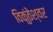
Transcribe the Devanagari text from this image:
विकुंठेश्वर